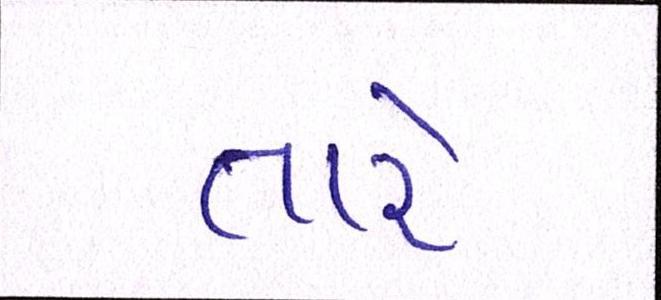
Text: તારે